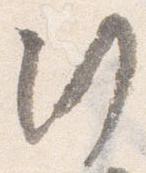
行